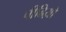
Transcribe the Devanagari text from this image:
पीढिय़ो